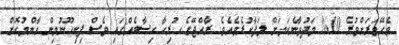
ވެހޭވަރަށްވުރެ 10% މަދުވާނެކަމަށް ލަފާކުރެވެއެވެ. ރާއްޖޭގެ ހުރިހާ ހިސާބެއްގައި ވެސް ފިނިހޫނުމިން އާންމުކޮށް